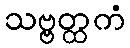
သဗ္ဗတ္ထကံ